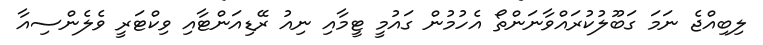
ލިބިއްޖެ ނަމަ ގަބޫލުކުރައްވާނަންތޯ އެހުމުން ގައުމީ ޓީމާއި ނިއު ރޭޑިއަންޓާއި ވިކްޓަރީ ވެލެންސިއާ